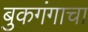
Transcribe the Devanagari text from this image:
बुकगंगाचा